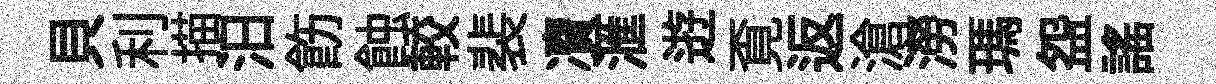
貝利描汨飭蝕較裴凟滙逰覔返滄澇瑪盌謡